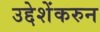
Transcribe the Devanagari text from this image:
उद्देशेंकरुन